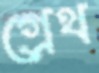
গ্রেথ